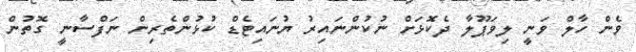
ވެން ހާލް ވަނީ ލިވަޕޫލާ ދެކޮޅަށް ނުކުންނައިރު ޔުނައިޓެޑް ކުޅުންތެރިން ނަފްސާނީ ގޮތުން